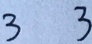
3 3